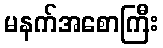
မနက်အစောကြီး